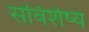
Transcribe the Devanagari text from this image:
सविशेष्य